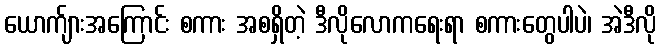
ယောက်ျားအကြောင်း စကား အစရှိတဲ့ ဒီလိုလောကရေးရာ စကားတွေပါပဲ၊ အဲဒီလို